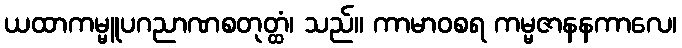
ယထာကမ္မူပဂညာဏစတုတ္ထံ၊ သည်။ ကာမာဝစရ ကမ္မဇာနနကာလေ၊